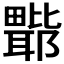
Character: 𭻲